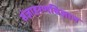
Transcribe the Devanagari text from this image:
संज्ञाहरणविज्ञान